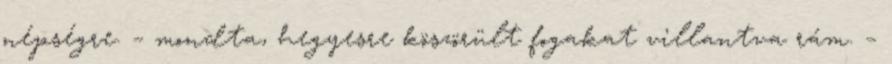
népségre. – mondta, hegyesre köszörült fogakat villantva rám. –